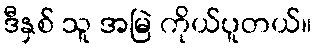
ဒီနှစ် သူ အမြဲ ကိုယ်ပူတယ်။